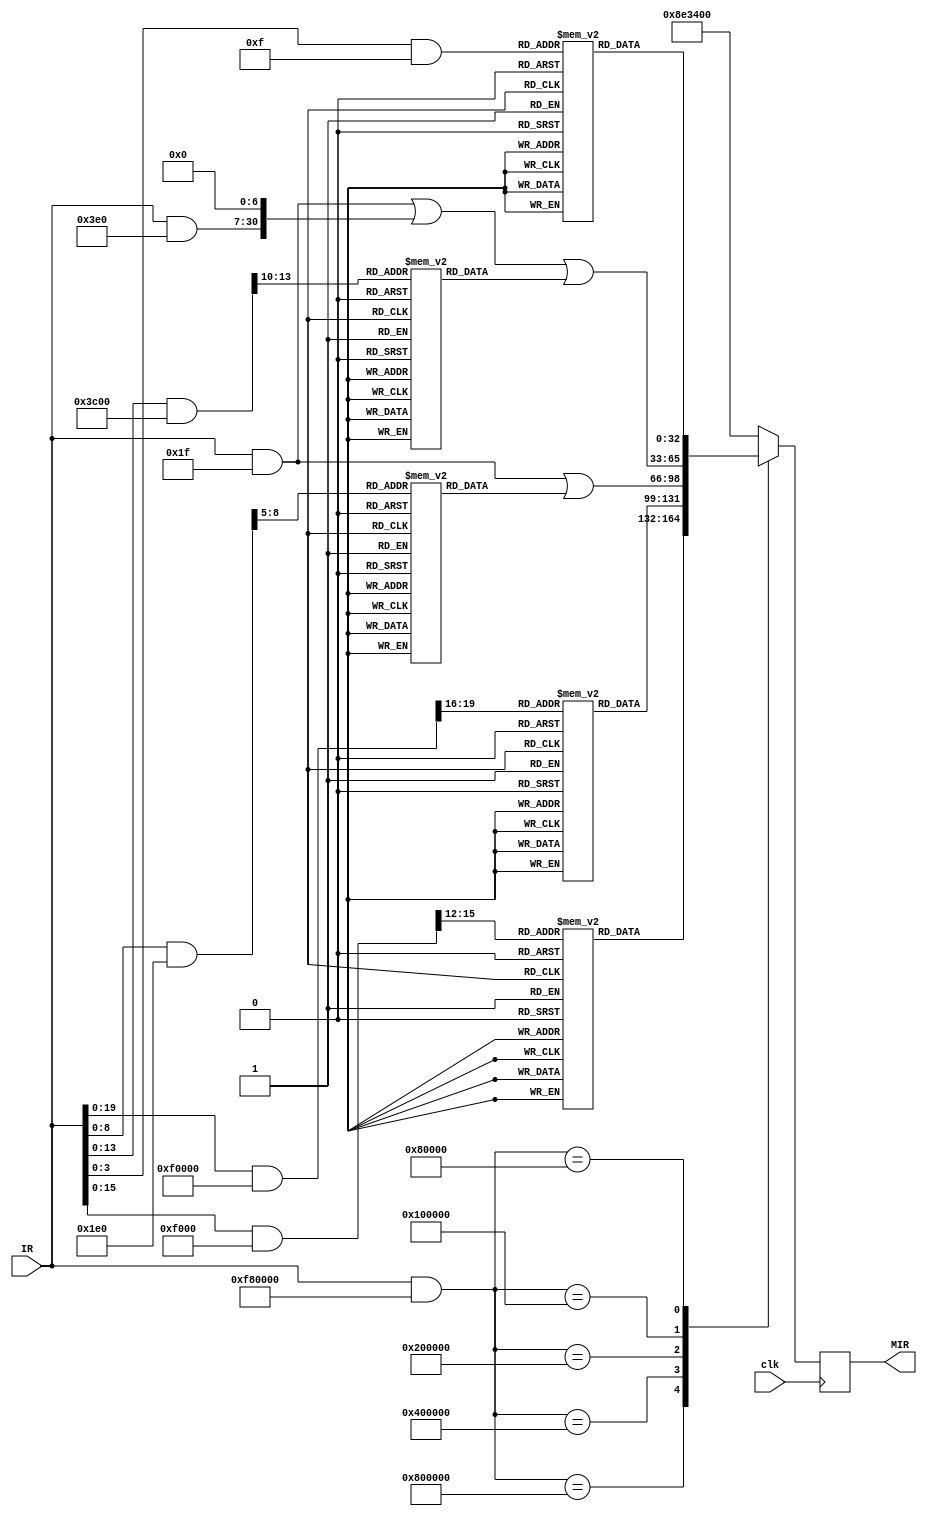
module MIR 
    (   input wire  clk,
        input [23:0] IR, //Instruction
        output reg [32:0] MIR); //Microinstruction 


    reg [32:0] ROM0 [0:15];   
    reg [32:0] ROM1 [0:15];
    reg [32:0] ROM2 [0:15];
    reg [32:0] ROM3 [0:15];
    reg [32:0] ROM4 [0:15];

    reg [23:0] aux;
    reg [23:0] group;
    reg [23:0] index;

    parameter ROM0index = 24'h800000;
    parameter ROM1index = 24'h400000;
    parameter ROM2index = 24'h200000;
    parameter ROM3index = 24'h100000;
    parameter ROM4index = 24'h080000;

	initial begin       
		
		//ALU 	32 31 30 29
		//SH 	28 27 
		//KMx	26 
		//MR	25 
		//MW	24
		//Bbus	23 22 21 20 19 18
		//Cbus	17 16 15 14 13 12  
		//Ttype	11 10 9	8 7 6 5

		//Abus	4	3	2	1	0

	    ROM0[0] = 33'b000000000000000100011100000000000;			//JMPX	 
	    ROM0[1] = 33'b000000000000000100011100000100000;			//JZEX	
	    ROM0[2] = 33'b000000000000000100011100000100000;			//JNE X	
	    ROM0[3] = 33'b000000000000000100011101000000000;			//JCY X	
        ROM0[4] = 33'b000000000000000100011100000000000;			//RET		
	    ROM0[5] = 33'b000000000000000100011100000000000;			//BSR S	
	    ROM0[6] = 33'b000000001000000100011000000100000;			//MOM Y, W
	    ROM0[7] = 33'b000000010000000100011000001000000;			//MOM W, Y

		ROM1[0] = 33'b000000100100011100010000001000000;			//MOK W, #K	   
		ROM1[1] = 33'b001100100100010100010000001100000;			//ANK W, #K	    
		ROM1[2] = 33'b010000100100010100010000001100000;			//ORK W, #K	    
		ROM1[3] = 33'b011000100100010100010011001100000;			//ADK W, #K	    
		ROM1[4] = 33'b010100100100010100010011001100000;			//W = W xor K	    
		ROM1[5] = 33'b011100100100010100010011001100000;			//W = W - K - CY	
		ROM1[6] = 33'b100000100100010100010011001100000;			//W = W * K	     
		ROM1[7] = 33'b100100100100010100010011001100000;			//W = W / K	    
		ROM1[8] = 33'b101000100100010100010011001100000;			//W = W % K	    

		ROM2[0] = 33'b000000000100011100010000011000000;			//MOV W, Rj			OK
		ROM2[1] = 33'b000000000100011100010000011000000;			//MOV W, PIj  
		ROM2[2] = 33'b001100000100010100010000011100000;			//ANR W, Rj   
		ROM2[3] = 33'b010000000100010100010000011100000;			//ORR W, Rj   
		ROM2[4] = 33'b011000000100010100010011011100000;			//ADR W, Rj   		----------------------
		ROM2[5] = 33'b010100000100010100010011011100000;			//W = W xor Rj    
		ROM2[6] = 33'b011100000100010100010011011100000;			//W = W - Rj - CY  
		ROM2[7] = 33'b100000000100010100010011011100000;			//W = W * Rj      
		ROM2[8] = 33'b100100000100010100010011011100000;			//W = W / Rj      
		ROM2[9] = 33'b101000000100010100010011011100000;			//W = W % Rj      
		ROM2[10] = 33'b011000000100010100010011011100000;			//W = W + Rj + CY 
		
		ROM3[0] = 33'b011000000100010100010011011100000;			//ADW Ri, Rj      
		ROM3[1] = 33'b000000000100011000000000110000000;			//MOV Ri, Rj      
		ROM3[2] = 33'b000000000100011000000000110000000;			//MOV POi, Rj     
		ROM3[3] = 33'b000000000100011000000000110000000;			//MOV Ri, PIj     
		ROM3[4] = 33'b000000000100011000000000110000000;			//MOV POi, PIj    
		ROM3[5] = 33'b000100000100010000000000100100000;			//MOV Ri, W----------------------
		ROM3[6] = 33'b000100000100010000000000100100000;			//MOV POi, W  
		ROM3[7] = 33'b001100000100010000000011111100000;			//Ri = W & Rj     
		ROM3[8] = 33'b010000000100010000000011111100000;			//Ri = W or Rj    
		ROM3[9] = 33'b010100000100010000000011111100000;			//Ri = W xor Rj   
		ROM3[10] = 33'b011100000100010000000011111100000;			//Ri = -Rj - CY   
		ROM3[11] = 33'b100000000100010000000011111100000;			//Ri = W * Rj     
		ROM3[12] = 33'b100100000100010000000011111100000;			//Ri = W / Rj     
		ROM3[13] = 33'b101000000100010000000011111100000;			//Ri = W% Rj 

		ROM4[0] = 33'b000000000100011100011010000000000;			//NOP             
		ROM4[1] = 33'b010100000000000100010010000000000;			//CPL W           
		ROM4[2] = 33'b101100000100011100011010000000000;			//CLR CY          
		ROM4[3] = 33'b110000000100011100011010000000000;			//SET CY	    
	end

	always@ (posedge clk) 
        begin
			aux = IR;
			group = IR & 24'hf80000;

			case(group)
			ROM0index: 
			begin
				//MIR = (aux & 24'h000fff);            //get memory/program address
                index = (aux & 24'h0ff000) >> 12;     //get instruction index 
                //MIR <= MIR | ROM0[index]; 
					 MIR <= ROM0[index]; 
			end
			ROM1index:	//Pareciera estar OK
			begin
                index = (aux & 24'h0f0000) >> 16;     //get instruction index 
                MIR <= ROM1[index]; 
			end
			ROM2index:	//OK
			begin
                MIR = (IR & 24'h00001f);            //get register index A bus
                index = (IR & 24'h0fffe0) >> 5;     //get instruction index 
                MIR <= MIR | ROM2[index];  
			end
			ROM3index: 	//OK
			begin
                MIR = (IR & 24'h00001f);               //get register index A bus 
                MIR = MIR | ((IR & 24'h0003e0) << 7);  //get register index C bus 
                index = (IR & 24'h0ffc00) >> 10;        //get instruction index 
                MIR <= MIR | ROM3[index];  
			end
			ROM4index:
			begin		//Pareciera estar OK
                index = (aux & 24'h07ffff);        //get instruction index 
                MIR <= ROM4[index];  
			end
			default:
				MIR <= 33'b000000000100011100011010000000000;	//NOP
		endcase
	    end
endmodule